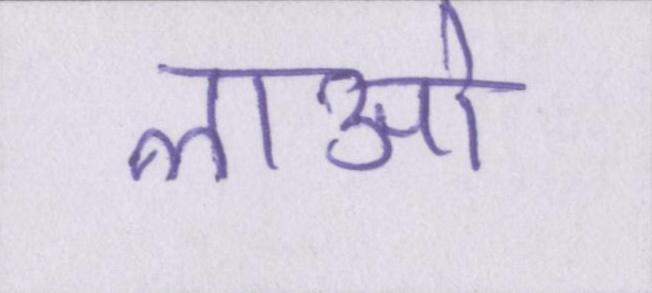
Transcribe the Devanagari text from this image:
लाओ